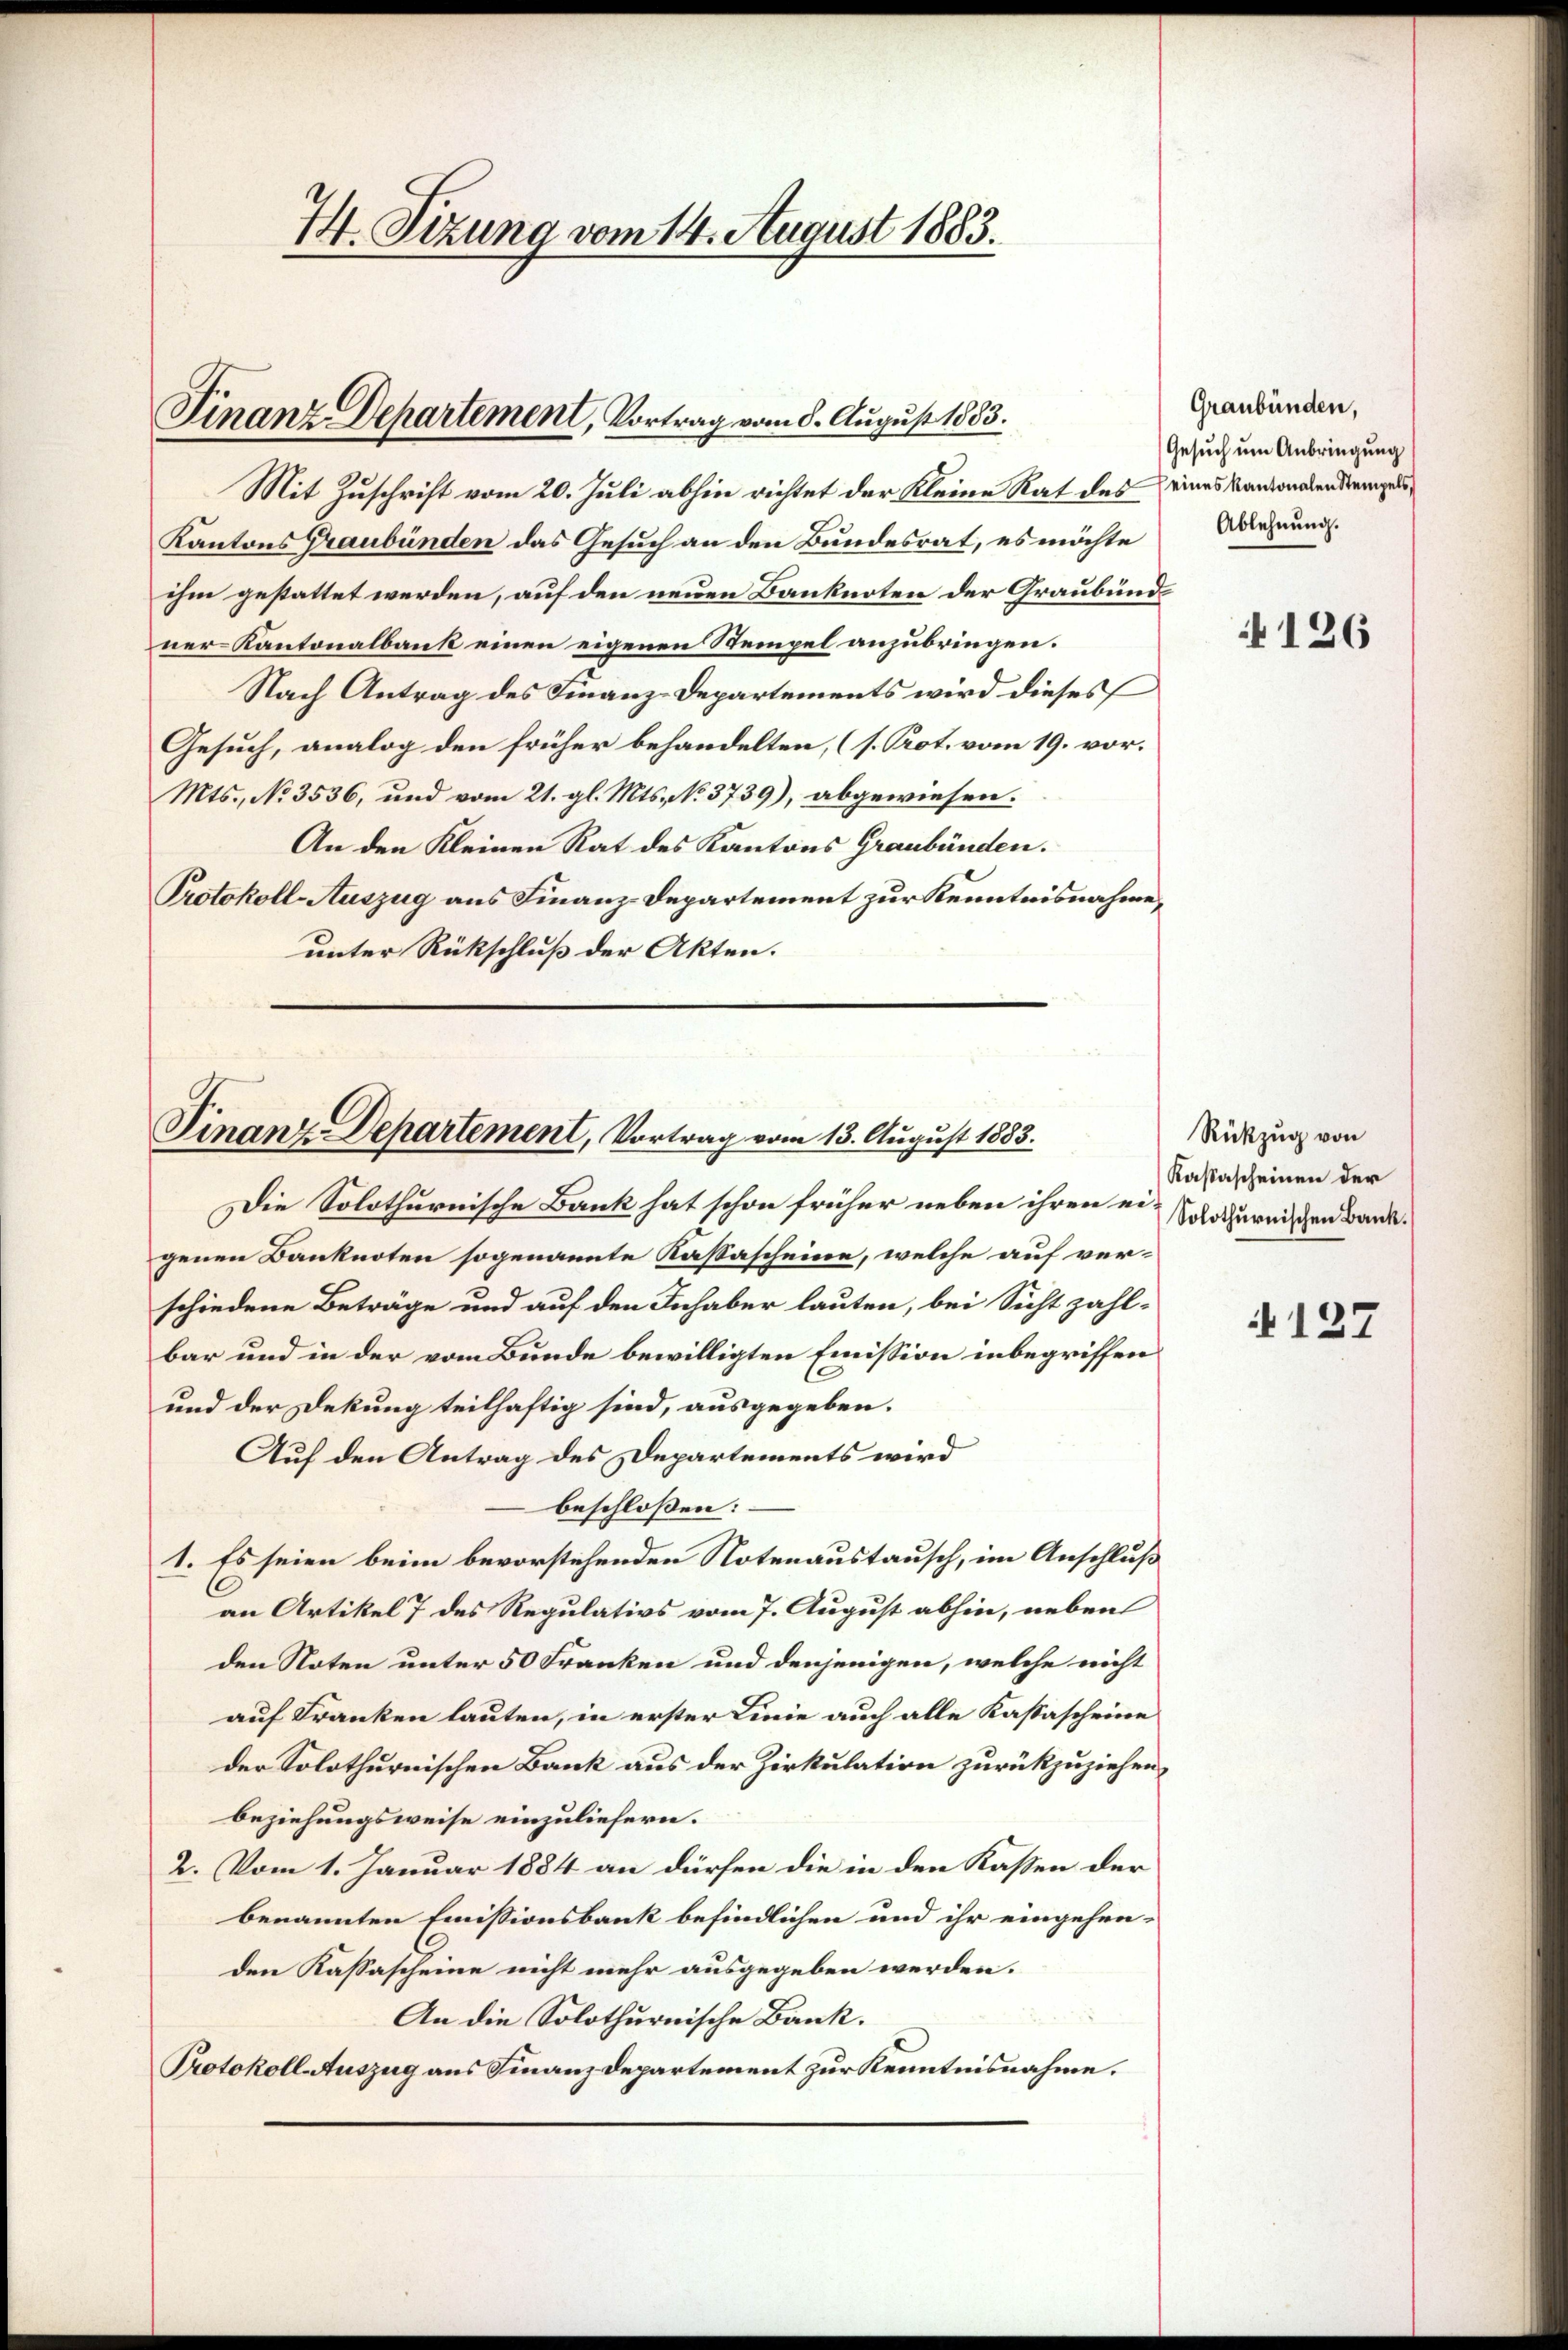
74. Sizung vom 14. August 1883.

Finanz-Departement, Vortrag vom 8. August 1883.

Finanz-Departement, Vortrag vom 13. August 1883.

Mit Zuschrift vom 20. Juli abhin richtet der Kleine Rat des eines Kantonalendrempel¬
Kantons Graubünden das Gesuch an den Bundesrat, es möchte
ihm gestattet werden, auf den neuen Banknoten der Graubündner-Kantonalbank einen eigenen Stempel anzubringen.
Nach Antrag des Finanz-Departements wird dieses
Gesuch, analog den früher behandelten, (s. Prot. vom 19. vor.
Mts., No 3536, und vom 21. gl. Mts., No 3739), abgewiesen.
An den Kleinen Rat des Kantons Graubünden.
Protokoll-Auszug aus Finanz-Departement zur Kenntnisnahme,
unter Rückschluß der Akten.

Die Solothurnische Bank hat schon früher neben ihren eigenen Banknoten sogenannte Kassascheine, welche auf verschiedene Beträge und auf den Inhaber lauten, bei Sicht zahlbar und in der vom Bunde bewilligten Emission inbegriffen
und der Dekung teilhaftig sind, ausgegeben.
Auf den Antrag des Departements wird
beschlossen:
1. Es seien beim bevorstehenden Notenaustausch, im Anschluß
an Artikel 7 des Regulativs vom 7. August abhin, neben
den Noten unter 50 Franken und denjenigen, welche nicht
auf Franken lauten, in erster Linie auch alle Kassascheine
der Solothurnischen Bank aus der Zirkulation zurückzuziehen.
beziehungsweise einzuliefern.
2. Vom 1. Januar 1884 an dürfen die in den Kassen der
benannten Emissionsbank befindlichen und ihr eingehen-
den Kassascheine nicht mehr ausgegeben werden.
An die Solothurnische Bank.
Protokoll Auszug aus Finanzdepartement zur Kenntnisnahme.

Graubünden,
Gesuch um Anbringung
Ablehnung.

126

Rükzug von
Kassascheinen der
Solothurnischen Bank.

127